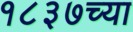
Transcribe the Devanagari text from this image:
१८३७च्या